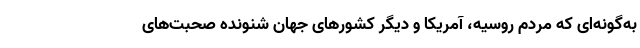
به‌گونه‌ای که مردم روسیه، آمریکا و دیگر کشورهای جهان شنونده صحبت‌های